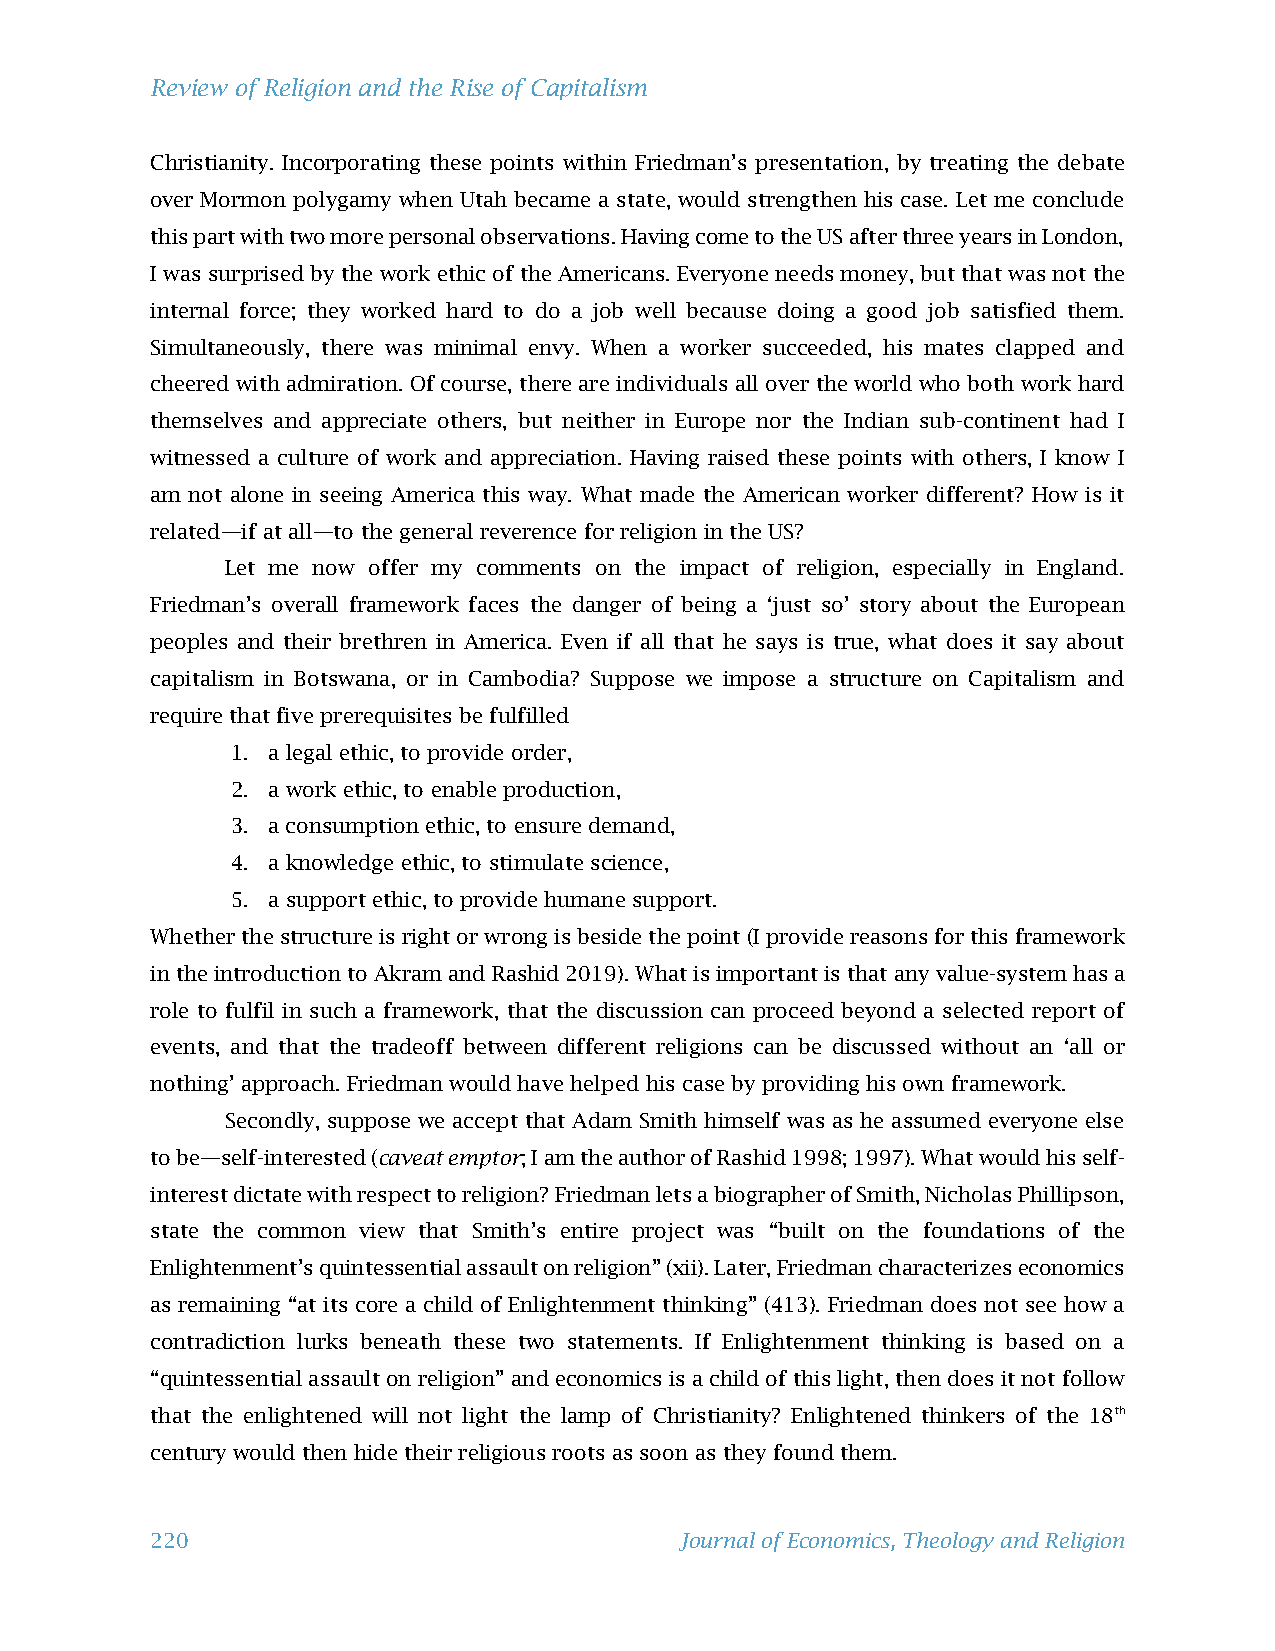
Review of Religion and the Rise of Capitalism
 Christianity. Incorporating these points within Friedman’s presentation, by treating the debate
 over Mormon polygamy when Utah became a state, would strengthen his case. Let me conclude
 this part with two more personal observations. Having come to the US after three years in London,
 I was surprised by the work ethic of the Americans. Everyone needs money, but that was not the
 internal force; they worked hard to do a job well because doing a good job satisfied them.
 Simultaneously, there was minimal envy. When a worker succeeded, his mates clapped and
 cheered with admiration. Of course, there are individuals all over the world who both work hard
 themselves and appreciate others, but neither in Europe nor the Indian sub-continent had I
 witnessed a culture of work and appreciation. Having raised these points with others, I know I
 am not alone in seeing America this way. What made the American worker different? How is it
 related—if at all—to the general reverence for religion in the US?
 Let me now offer my comments on the impact of religion, especially in England.
 Friedman’s overall framework faces the danger of being a ‘just so’ story about the European
 peoples and their brethren in America. Even if all that he says is true, what does it say about
 capitalism in Botswana, or in Cambodia? Suppose we impose a structure on Capitalism and
 require that five prerequisites be fulfilled
 1. a legal ethic, to provide order,
 2. a work ethic, to enable production,
 3. a consumption ethic, to ensure demand,
 4. a knowledge ethic, to stimulate science,
 5. a support ethic, to provide humane support.
 Whether the structure is right or wrong is beside the point (I provide reasons for this framework
 in the introduction to Akram and Rashid 2019). What is important is that any value-system has a
 role to fulfil in such a framework, that the discussion can proceed beyond a selected report of
 events, and that the tradeoff between different religions can be discussed without an ‘all or
 nothing’ approach. Friedman would have helped his case by providing his own framework.
 Secondly, suppose we accept that Adam Smith himself was as he assumed everyone else
 to be—self-interested (caveat emptor; I am the author of Rashid 1998; 1997). What would his self-
 interest dictate with respect to religion? Friedman lets a biographer of Smith, Nicholas Phillipson,
 state the common view that Smith’s entire project was “built on the foundations of the
 Enlightenment’s quintessential assault on religion” (xii). Later, Friedman characterizes economics
 as remaining “at its core a child of Enlightenment thinking” (413). Friedman does not see how a
 contradiction lurks beneath these two statements. If Enlightenment thinking is based on a
 “quintessential assault on religion” and economics is a child of this light, then does it not follow
 that the enlightened will not light the lamp of Christianity? Enlightened thinkers of the 18th
 century would then hide their religious roots as soon as they found them.
 220                                Journal of Economics, Theology and Religion